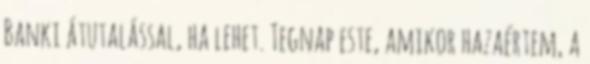
Banki átutalással, ha lehet. Tegnap este, amikor hazaértem, a